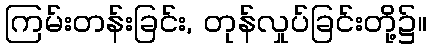
ကြမ်းတန်းခြင်း, တုန်လှုပ်ခြင်းတို့၌။